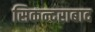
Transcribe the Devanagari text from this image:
सिकन्‍दराबाद